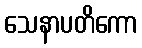
သေနာပတိကော